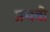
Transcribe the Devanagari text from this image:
प्रभवो